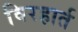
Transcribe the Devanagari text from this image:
विरहार्त